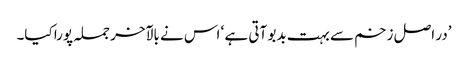
’در اصل زخم سے بہت بدبو آتی ہے ‘ اس نے بالآخر جملہ پورا کیا۔